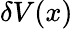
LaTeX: \delta V(x)